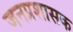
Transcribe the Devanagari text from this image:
जनप्रशासक